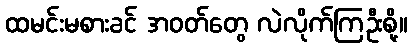
ထမင်းမစားခင် အဝတ်တွေ လဲလိုက်ကြဦးစို့။